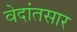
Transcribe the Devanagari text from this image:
वेदांतसार